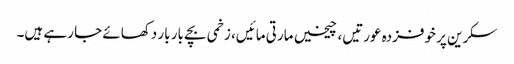
سکرین پر خوفزدہ عورتیں، چیخیں مارتی مائیں، زخمی بچے بار بار دکھائے جا رہے ہیں۔